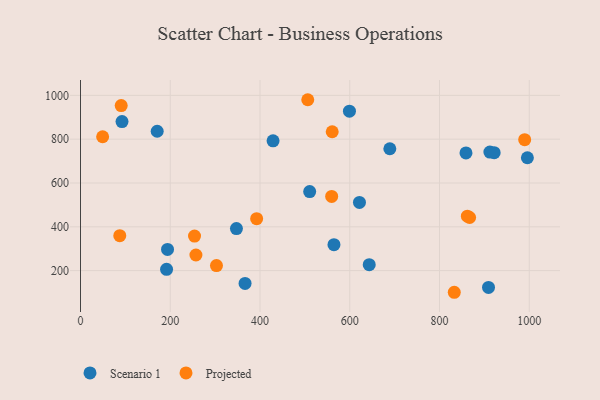
{"axis": {"x": "Experience", "y": "Yield"}, "legend": ["Projected", "Scenario 1"], "data": [{"x": "193.9", "y": 296.9, "type": "Scenario 1"}, {"x": "564.8", "y": 318.6, "type": "Scenario 1"}, {"x": "366.7", "y": 141.4, "type": "Scenario 1"}, {"x": "347.5", "y": 392.1, "type": "Scenario 1"}, {"x": "429.1", "y": 792.6, "type": "Scenario 1"}, {"x": "621.6", "y": 511.3, "type": "Scenario 1"}, {"x": "909.2", "y": 123.1, "type": "Scenario 1"}, {"x": "191.8", "y": 205.8, "type": "Scenario 1"}, {"x": "859.0", "y": 737.2, "type": "Scenario 1"}, {"x": "995.8", "y": 715.2, "type": "Scenario 1"}, {"x": "92.5", "y": 880.5, "type": "Scenario 1"}, {"x": "170.9", "y": 836.1, "type": "Scenario 1"}, {"x": "912.3", "y": 741.2, "type": "Scenario 1"}, {"x": "689.3", "y": 756.2, "type": "Scenario 1"}, {"x": "510.7", "y": 561.0, "type": "Scenario 1"}, {"x": "921.8", "y": 738.5, "type": "Scenario 1"}, {"x": "643.4", "y": 227.1, "type": "Scenario 1"}, {"x": "599.3", "y": 927.9, "type": "Scenario 1"}, {"x": "867.1", "y": 442.4, "type": "Projected"}, {"x": "506.4", "y": 980.1, "type": "Projected"}, {"x": "989.8", "y": 797.7, "type": "Projected"}, {"x": "560.9", "y": 834.0, "type": "Projected"}, {"x": "49.3", "y": 811.0, "type": "Projected"}, {"x": "303.0", "y": 223.1, "type": "Projected"}, {"x": "254.1", "y": 357.6, "type": "Projected"}, {"x": "392.5", "y": 437.0, "type": "Projected"}, {"x": "559.7", "y": 538.6, "type": "Projected"}, {"x": "87.5", "y": 359.4, "type": "Projected"}, {"x": "862.1", "y": 448.6, "type": "Projected"}, {"x": "257.2", "y": 271.3, "type": "Projected"}, {"x": "90.7", "y": 953.3, "type": "Projected"}, {"x": "832.9", "y": 101.1, "type": "Projected"}]}